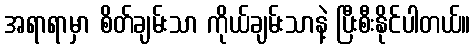
အရာရာမှာ စိတ်ချမ်းသာ ကိုယ်ချမ်းသာနဲ့ ပြီးစီးနိုင်ပါတယ်။